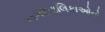
નગરપાલિકાઓનો